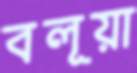
বলূয়া